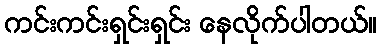
ကင်းကင်းရှင်းရှင်း နေလိုက်ပါတယ်။